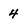
Character: 4